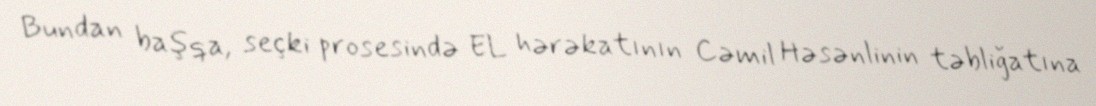
Bundan başqa, seçki prosesində EL hərəkatının Cəmil Həsənlinin təbliğatına